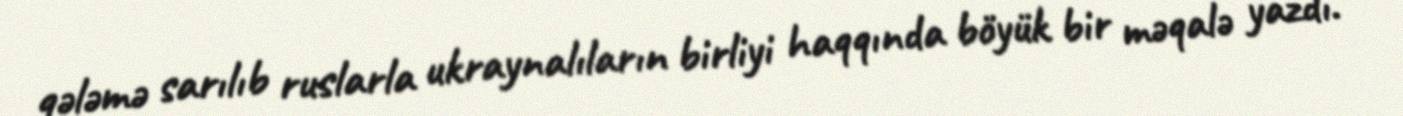
qələmə sarılıb ruslarla ukraynalıların birliyi haqqında böyük bir məqalə yazdı.